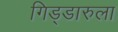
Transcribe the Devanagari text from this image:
गिड्डारुला